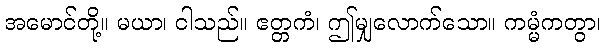
အမောင်တို့။ မယာ၊ ငါသည်။ ဧတ္တကံ၊ ဤမျှလောက်သော။ ကမ္မံကတွာ၊